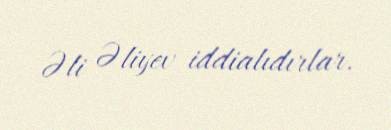
Əli Əliyev iddialıdırlar.